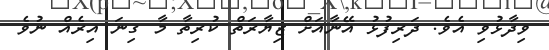
ވިދާޅުވި އެވެ. ދަރިފުޅު އޭނާއަށް ޒިޔާރަތް ކުރިތާ މާ ގިނަ އިރެއް ނުވެ